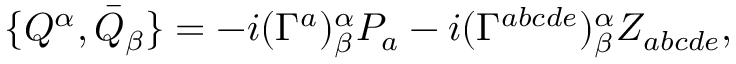
\{ Q ^ { \alpha } , \bar { Q } _ { \beta } \} = - i ( \Gamma ^ { a } ) _ { \beta } ^ { \alpha } P _ { a } - i ( \Gamma ^ { a b c d e } ) _ { \beta } ^ { \alpha } Z _ { a b c d e } ,